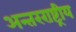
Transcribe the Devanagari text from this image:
अन्‍तरराष्ट्रीय